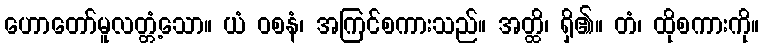
ဟောတော်မူလတ္တံ့သော။ ယံ ဝစနံ၊ အကြင်စကားသည်။ အတ္ထိ၊ ရှိ၏။ တံ၊ ထိုစကားကို။